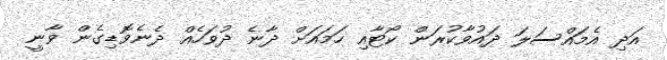
އަދި އެމައްސަލަ ދައުވާކުރަން ކޯޓާއި ހަމައަށް ދާނެ ދުވަހެއް ދެނެވޮޑިގެން ވާނީ